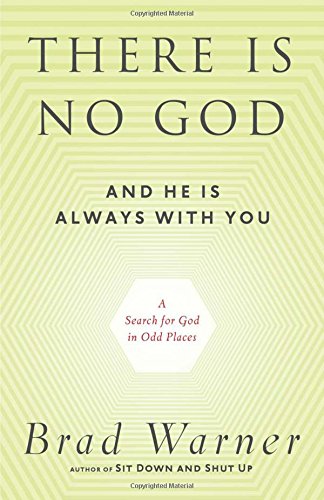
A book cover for There Is No God and He Is Always with You: A Search for God in Odd Places; Brad Warner; Religion & Spirituality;